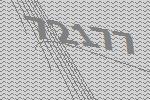
72177